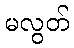
မလွတ်